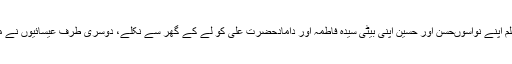
اس آیت کے نزول کے بعد نبی صلی اللہ علیہ و آلہ وسلم اپنے نواسوںحسن اور حسین اپنی بیٹی سیدہ فاطمہ اور دامادحضرت علی کو لے کے گھر سے نکلے، دوسری طرف عیسائیوں نے مشورہ کیا کہ اگر یہ نبی ہیں تو ہم ہلاک ہو جاہیں گے۔